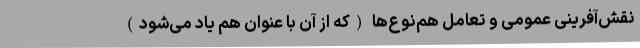
نقش‌آفرینی عمومی و تعامل هم‌نوع‌ها (که از آن با عنوان هم یاد می‌شود)